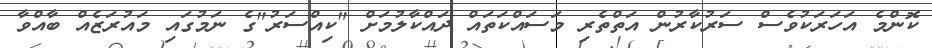
ކޮންމެ އަހަރަކުވެސް ސަރުކާރުން އަތްތެރި މަސައްކަތައް ދައްކާލުމަށް "ކިއްސަރު"ގެ ނަމުގައި މައުރަޒެއް ބާއްވާ